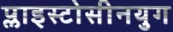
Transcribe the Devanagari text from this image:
प्लाइस्टोसीनयुग